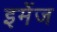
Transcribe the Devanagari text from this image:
इमेंज